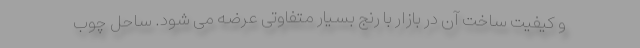
و کیفیت ساخت آن در بازار با رنج بسیار متفاوتی عرضه می شود. ساحل چوب